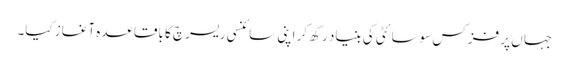
جہا ں پر فزکس سوسائٹی کی بنیاد رکھ کر اپنی سائنسی ریسرچ کا باقاعدہ آغاز کیا۔